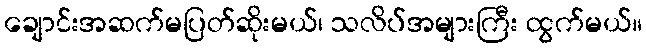
ချောင်းအဆက်မပြတ်ဆိုးမယ်၊ သလိပ်အများကြီး ထွက်မယ်။